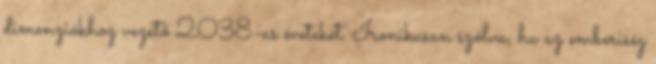
dimenziókhoz vezető 2038-as éveteket. Ironikusan szólva, ha az emberiség